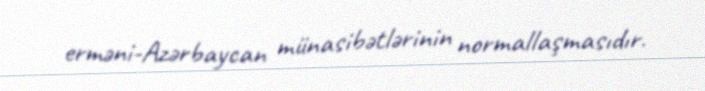
erməni-Azərbaycan münasibətlərinin normallaşmasıdır.